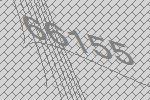
66155